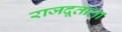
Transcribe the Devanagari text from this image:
राजदूताला